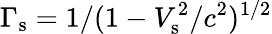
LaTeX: \Gamma_{\mathrm{s}}=1/(1-V_{\mathrm{s}}^{2}/c^{2})^{1/2}